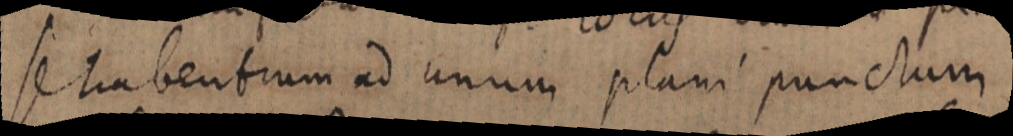
se trabentium ad unum plani punctum